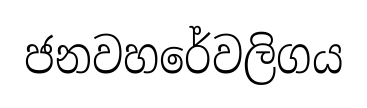
ජනවහරේවලිගය